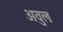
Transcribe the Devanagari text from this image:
अवुल